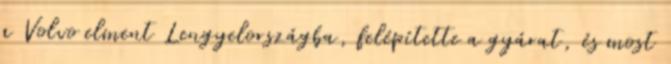
a Volvo elment Lengyelországba, felépítette a gyárat, és most